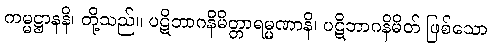
ကမ္မဋ္ဌာနနိ၊ တို့သည်။ ပဋိဘာဂနိမိတ္တာရမ္မဏာနိ၊ ပဋိဘာဂနိမိတ် ဖြစ်သော